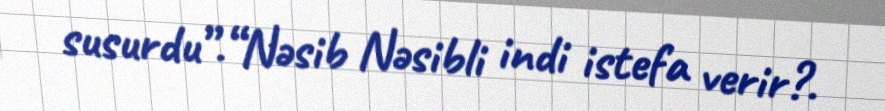
susurdu”.“Nəsib Nəsibli indi istefa verir?.